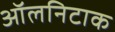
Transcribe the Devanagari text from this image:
ऑलनिटाक